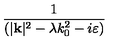
\frac { 1 } { ( | \mathbf { k } | ^ { 2 } - \lambda k _ { 0 } ^ { 2 } - i \varepsilon ) }